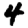
Digit: 4